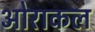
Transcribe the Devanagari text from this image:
ओराकल